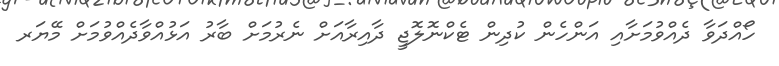
ހޯއްދަވާ ދެއްވުމަށާއި އަންހެން ކުދިން ޓެކްނޮލޮޖީ ދާއިރާއަށް ނެރުމަށް ބާރު އަޅުއްވާދެއްވުމަށް މޭޔަރ